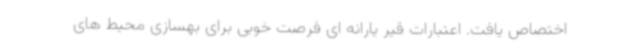
اختصاص یافت. اعتبارات قیر یارانه ای فرصت خوبی برای بهسازی محیط های